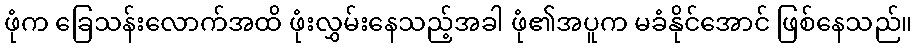
ဖုံက ခြေသန်းလောက်အထိ ဖုံးလွှမ်းနေသည့်အခါ ဖုံ၏အပူက မခံနိုင်အောင် ဖြစ်နေသည်။